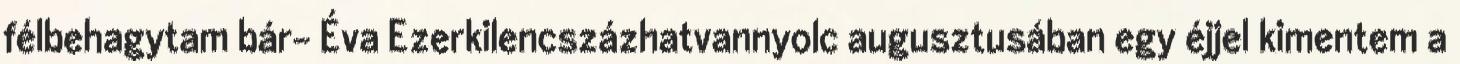
félbehagytam bár- Éva Ezerkilencszázhatvannyolc augusztusában egy éjjel kimentem a